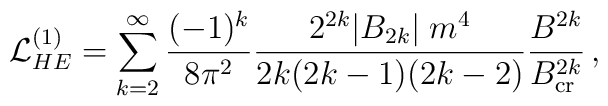
{\cal L}^{(1)}_{HE}=\sum_{k=2}^{\infty}{(-1)^k\over 8\pi^2}{2^{2k} \vert B_{2k}\vert\; m^4 \over         2k(2k-1)(2k-2)}{B^{2k}\over B_{\rm cr}^{2k}} \,,